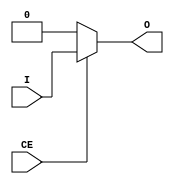
module BUFHCE(
    (* clkbuf_driver *)
    output O,
    input I,
    (* invertible_pin = "IS_CE_INVERTED" *)
    input CE);
parameter [0:0] INIT_OUT = 1'b0;
parameter CE_TYPE = "SYNC";
parameter [0:0] IS_CE_INVERTED = 1'b0;
assign O = ((CE ^ IS_CE_INVERTED) ? I : INIT_OUT);
endmodule